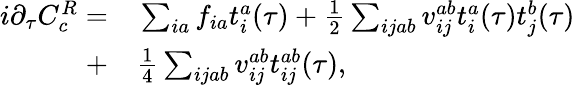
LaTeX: \begin{array}{rl}{i{\partial_{\tau}C_{c}^{R}}=}&{{}\sum_{ia}f_{ia}t_{i}^{a}(\tau)+\frac{1}{2}\sum_{ijab}v_{ij}^{ab}t_{i}^{a}(\tau)t_{j}^{b}(\tau)}\\ {+}&{{}\frac{1}{4}\sum_{ijab}v_{ij}^{ab}t_{ij}^{ab}(\tau),}\end{array}